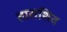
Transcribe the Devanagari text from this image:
ताराशिव